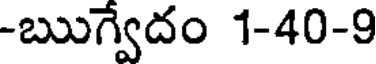
-ఋగ్వేదం 1-40-9